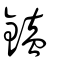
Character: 鎑